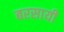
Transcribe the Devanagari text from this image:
बरसायी